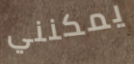
يمكنني